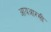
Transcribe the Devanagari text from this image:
आयआरसी